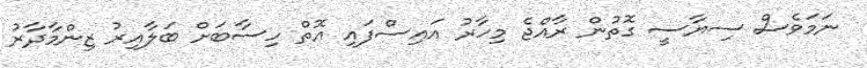
ނަމަވެސް ސިޔާސީ ގޮތުން ރާއްޖެ މިހާރު އައިސްފައި އޮތް ހިސާބަށް ބަލާއިރު ޒިންމާދާރު